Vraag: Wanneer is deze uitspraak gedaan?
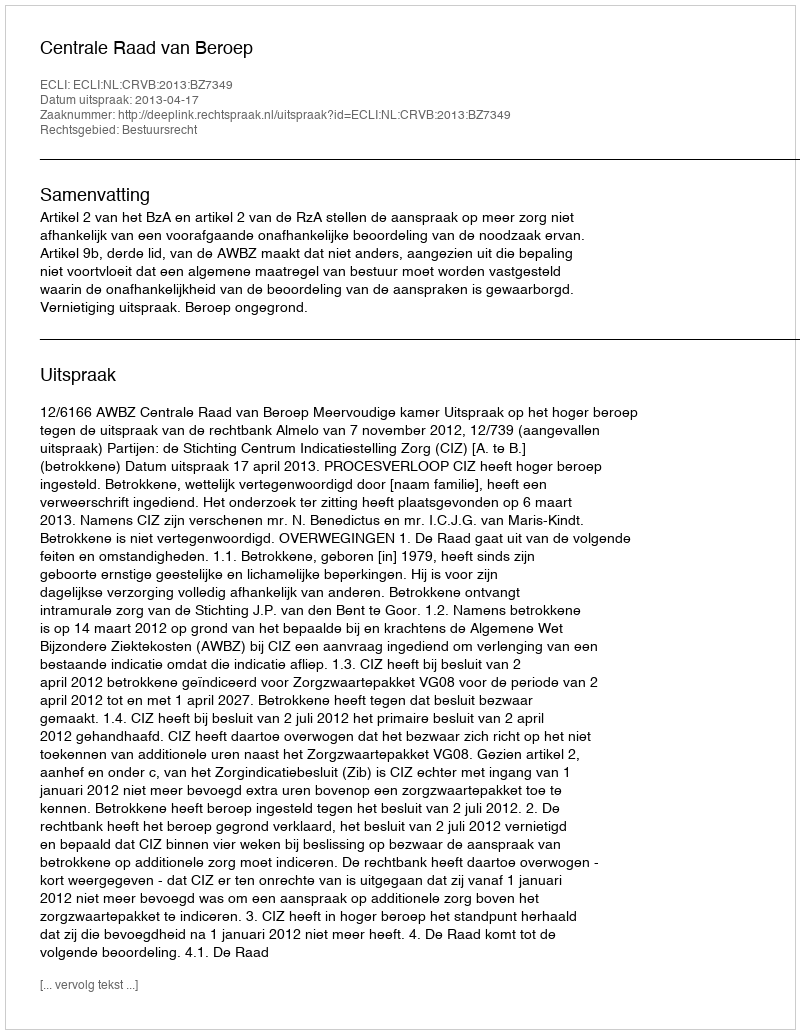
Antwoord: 2013-04-17